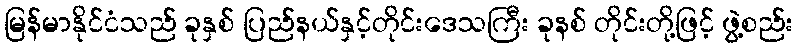
မြန်မာနိုင်ငံသည် ခုနှစ် ပြည်နယ်နှင့်တိုင်းဒေသကြီး ခုနစ် တိုင်းတို့ဖြင့် ဖွဲ့စည်း